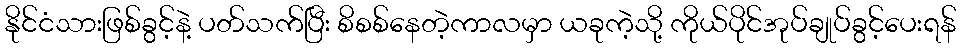
နိုင်ငံသားဖြစ်ခွင့်နဲ့ ပတ်သက်ပြီး စိစစ်နေတဲ့ကာလမှာ ယခုကဲ့သို့ ကိုယ်ပိုင်အုပ်ချုပ်ခွင့်ပေးရန်